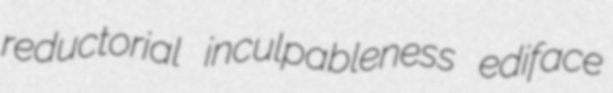
reductorial inculpableness ediface